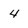
Character: 4